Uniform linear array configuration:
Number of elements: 16
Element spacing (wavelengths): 0.5
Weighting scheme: hamming
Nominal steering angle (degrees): -15
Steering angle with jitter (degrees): -15.901
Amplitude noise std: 0.05
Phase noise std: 0.05

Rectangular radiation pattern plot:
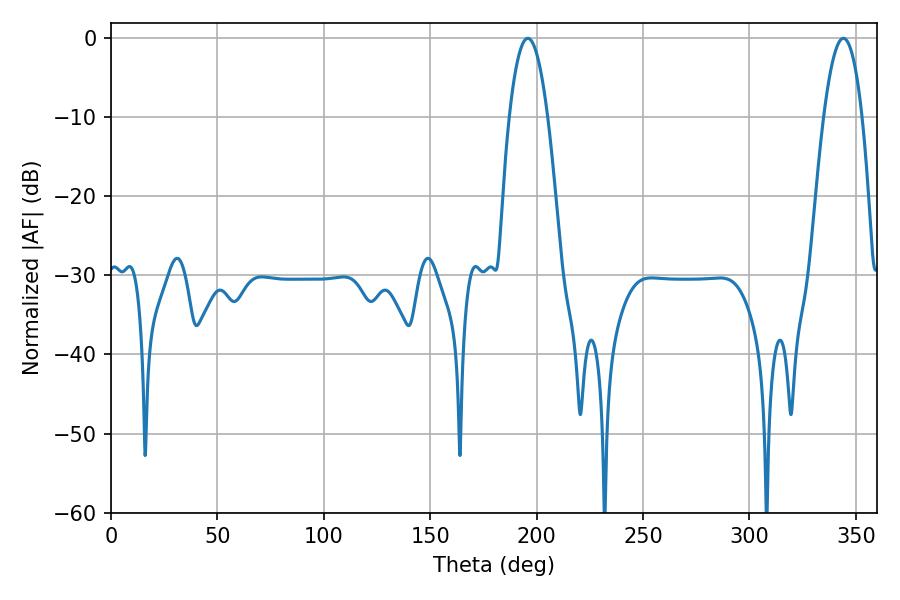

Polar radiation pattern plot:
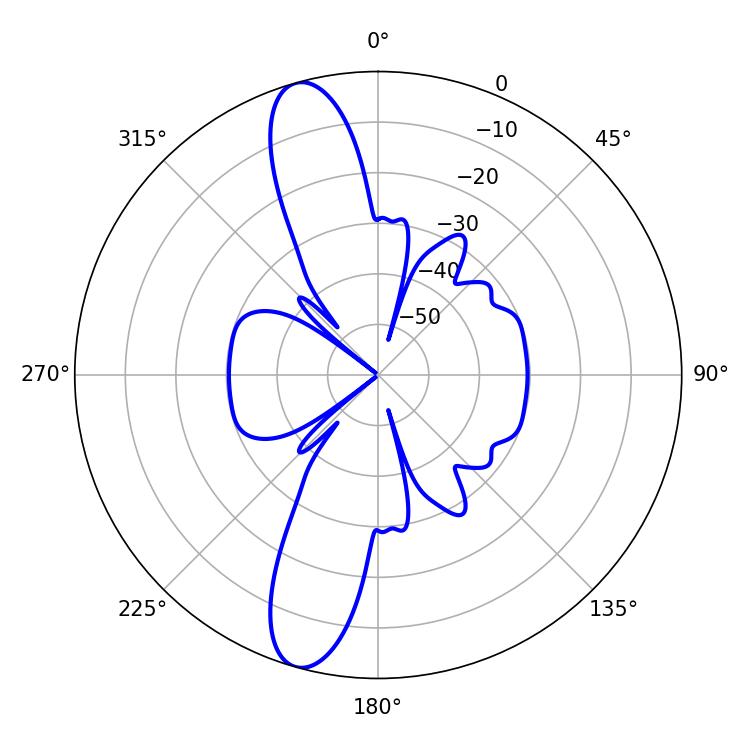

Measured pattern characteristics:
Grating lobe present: FALSE
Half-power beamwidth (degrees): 9.9
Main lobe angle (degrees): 195.84